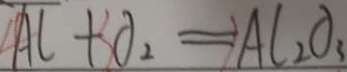
A l + 3 O _ { 2 } = A l _ { 2 } O _ { 3 }